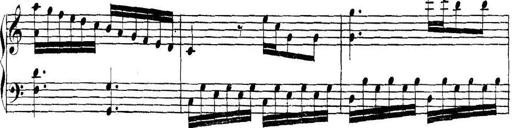
Title: Collected Piano Sonatas
Composer: Muzio Clementi